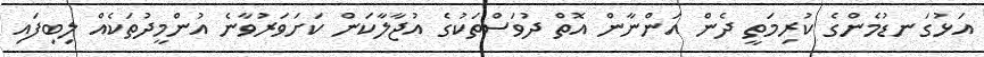
އަޅުގަނޑުމެންގެ ކުރިމަތީ ދެން އަންނާން އޮތް ދުވަސްތަކުގެ އުޖާލާކަން ކަށަވަރުވާނެ އުންމީދުތަކެއް ލިބިފައި